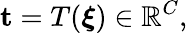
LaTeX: \textbf{t}=T(\boldsymbol{\xi})\in\mathbb{R}^{C},